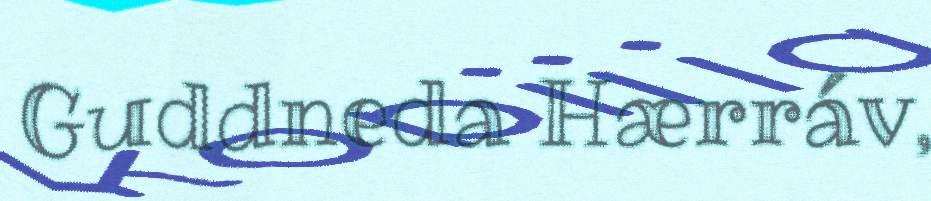
Guddneda Hærráv,